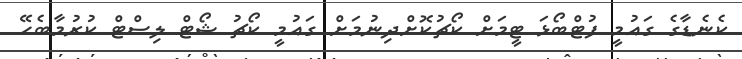
ކެނެޑާގެ ގައުމީ ފުޓްބޯޅަ ޓީމަށް ކޯޗުކޮށްދިނުމަށް ގައުމީ ކޯޗު ޝޯޓް ލިސްޓް ކުރުމާބެހޭ